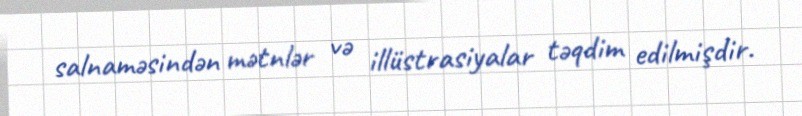
salnaməsindən mətnlər və illüstrasiyalar təqdim edilmişdir.